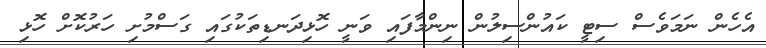
އެހެން ނަމަވެސް ސިޓީ ކައުންސިލުން ނިންމާފައި ވަނީ ހޮޅިދަނޑިތަކުގައި ގަސްމުށި ހަރުކޮށް ހޮޅި